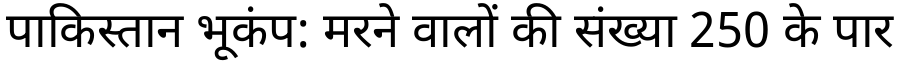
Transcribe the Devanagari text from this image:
पाकिस्तान भूकंप: मरने वालों की संख्या 250 के पार